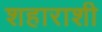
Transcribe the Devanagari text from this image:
शहाराशी